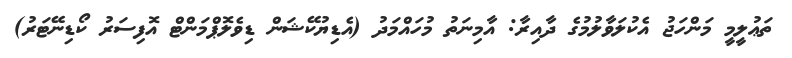
ތަޢުލީމީ މަންހަޖު އެކުލަވާލުމުގެ ދާއިރާ: އާމިނަތު މުހައްމަދު (އެޑިޔުކޭޝަން ޑިވެލޮޕްމަންޓް އޮފިސަރު ކޯޑިނޭޓަރު)